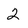
Character: 2